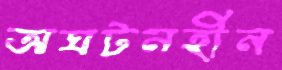
অঘটনহীন